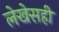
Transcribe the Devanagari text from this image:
लेखेसही